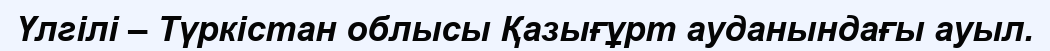
Үлгілі – Түркістан облысы Қазығұрт ауданындағы ауыл.